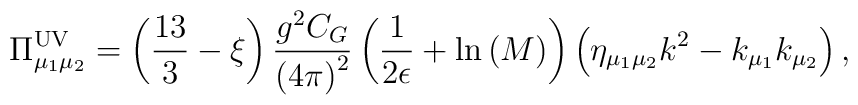
\Pi_{\mu_1\mu_2}^{{\rm UV}}=\left(\frac{13}{3} - \xi \right)\frac{g^2 C_G}{\left(4\pi\right)^2}\left(\frac{1}{2\epsilon}+{\rm ln}\left(M\right)\right)\left(\eta_{\mu_1\mu_2} k^2 - k_{\mu_1}  k_{\mu_2}\right) ,